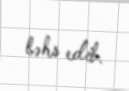
bəhs edib.